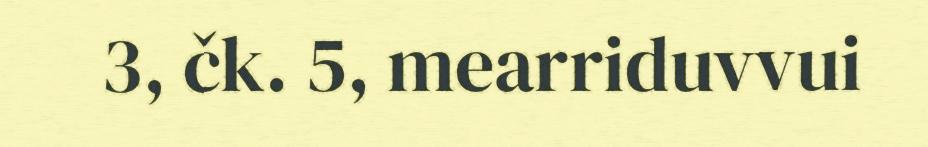
3, čk. 5, mearriduvvui